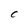
Character: 0